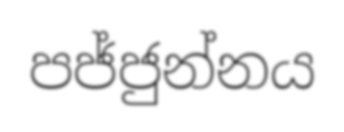
පජ්ජුන්නය